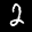
Label: 2